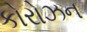
કોરોઝન